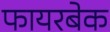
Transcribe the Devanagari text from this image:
फायरबेक